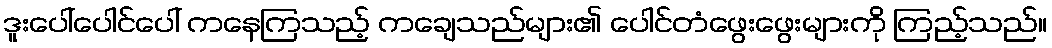
ဒူးပေါ်ပေါင်ပေါ် ကနေကြသည့် ကချေသည်များ၏ ပေါင်တံဖွေးဖွေးများကို ကြည့်သည်။